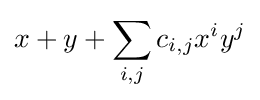
x+y+\sum _{i,j}c_{i,j}x^{i}y^{j}